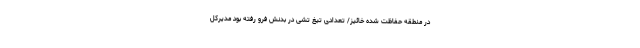
در منطقه حفاظت شده خائیز/ تعدادی تیغ تشی در بدنش فرو رفته بود مدیرکل